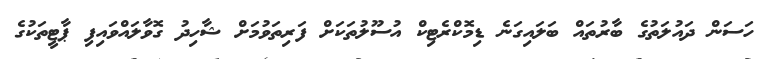
ހަސަން ދައުލަތުގެ ބާރުތައް ބަލައިގަނެ ޑިމޮކްރެޓިކް އުސޫލުތަކަށް ފަރިތަވުމަށް ޝާހިދު ގޮވާލައްވައިފި ޕާޓީތަކުގެ